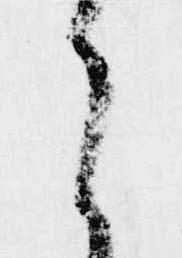
之